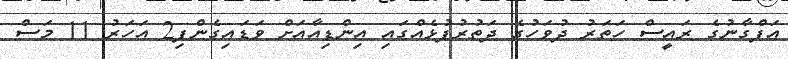
އަފްގާނުގެ ރައީސް ހަތަރު ދުވަހުގެ ދަތުރުފުޅެއްގައި އިންޑިއާއަށް ވަޑައިގެންފި2 އަހަރު 11 މަސް